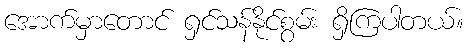
အောက်မှာတောင် ရှင်သန်နိုင်စွမ်း ရှိကြပါတယ်။